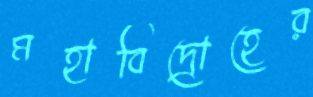
মহাবিদ্রোহের